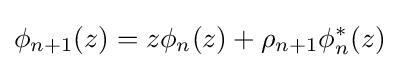
\phi _{n+1}(z)=z\phi _{n}(z)+\rho _{n+1}\phi _{n}^{*}(z)